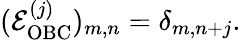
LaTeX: \begin{array}{r}{(\mathcal{E}_{\mathrm{OBC}}^{(j)})_{m,n}=\delta_{m,n+j}.}\end{array}